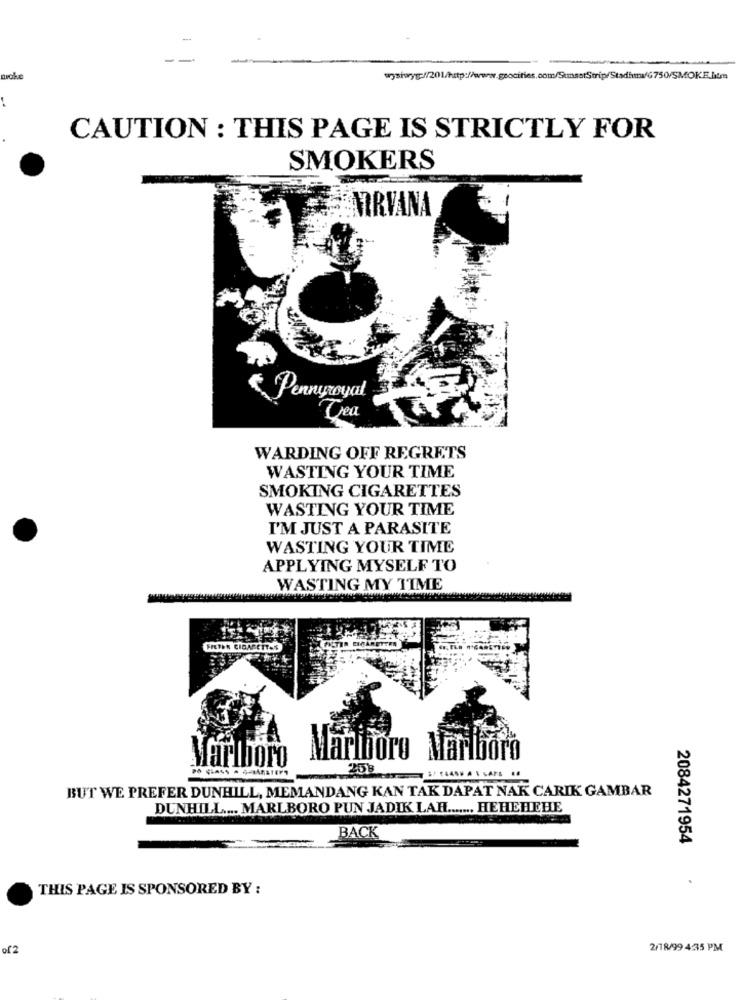
--
niche
wysiwyg:/201/http://www.geocities.com/SunsetStrip/Stadiuma/G750/SMOKE.atm
CAUTION : THIS PAGE IS STRICTLY FOR
SMOKERS
MRVANA
Pennyroyal
WARDING OFF REGRETS
WASTING YOUR TIME
SMOKING CIGARETTES
WASTING YOUR TIME
I'M JUST A PARASITE
WASTING YOUR TIME
APPLYING MYSELF TO
WASTING MY TIME
FRETEN CIGARETTES
Marlboro
Marlboro Marlboro
258
BUT WE PREFER DUNHILL, MEMANDANG KAN TAK DAPAT NAK CARIK GAMBAR
DUNHILL .... MARLBORO PUN JADIK LAR ....... HEHEHEHE
BACK
2084271954
THIS PAGE IS SPONSORED BY :
of2
2/18/99 4:35 PM